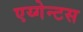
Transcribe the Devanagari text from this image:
एय्गेन्टस